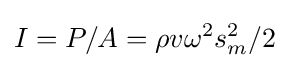
I=P/A=\rho v\omega ^{2}s_{m}^{2}/2\,\!